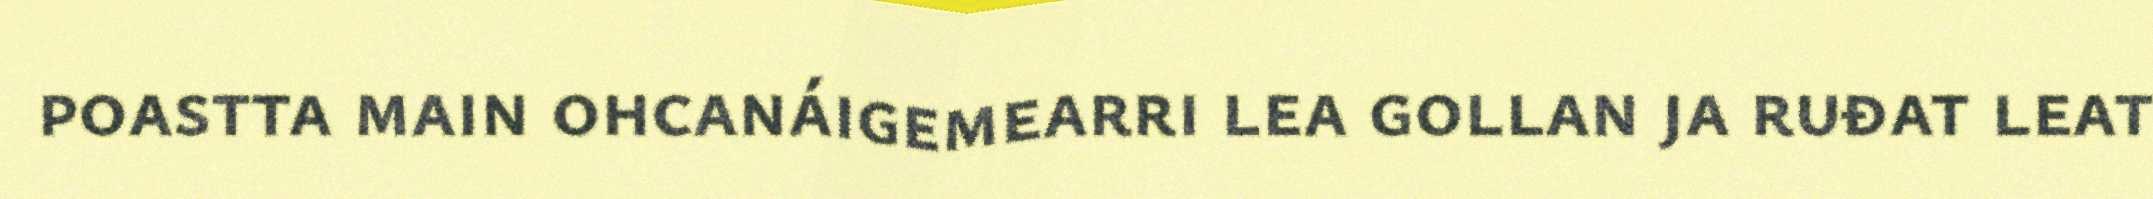
poastta main ohcanáigemearri lea gollan ja ruđat leat